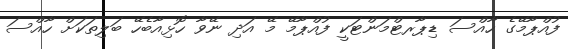
ފުއްޕާމޭގެ ހާއްސަ ޑިޕާރޓްމަންޓަކީ ފުއްޕާމޭ މޭ އަދި ނޭވާ ހޮޅިއާބެހޭ ބަލިތަކަށް ހާއްސަ